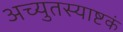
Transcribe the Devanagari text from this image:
अच्युतस्याष्टकं